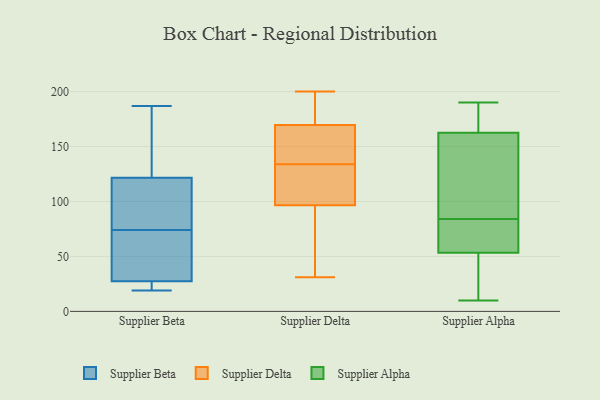
{"axis": {"x": "Tickets Resolved", "y": "Value"}, "legend": ["Supplier Alpha", "Supplier Beta", "Supplier Delta"], "data": [{"x": "", "y": 175, "type": "Supplier Beta"}, {"x": "", "y": 122, "type": "Supplier Beta"}, {"x": "", "y": 27, "type": "Supplier Beta"}, {"x": "", "y": 65, "type": "Supplier Beta"}, {"x": "", "y": 21, "type": "Supplier Beta"}, {"x": "", "y": 29, "type": "Supplier Beta"}, {"x": "", "y": 187, "type": "Supplier Beta"}, {"x": "", "y": 77, "type": "Supplier Beta"}, {"x": "", "y": 133, "type": "Supplier Beta"}, {"x": "", "y": 120, "type": "Supplier Beta"}, {"x": "", "y": 21, "type": "Supplier Beta"}, {"x": "", "y": 19, "type": "Supplier Beta"}, {"x": "", "y": 40, "type": "Supplier Beta"}, {"x": "", "y": 74, "type": "Supplier Beta"}, {"x": "", "y": 105, "type": "Supplier Beta"}, {"x": "", "y": 99, "type": "Supplier Delta"}, {"x": "", "y": 119, "type": "Supplier Delta"}, {"x": "", "y": 180, "type": "Supplier Delta"}, {"x": "", "y": 143, "type": "Supplier Delta"}, {"x": "", "y": 34, "type": "Supplier Delta"}, {"x": "", "y": 170, "type": "Supplier Delta"}, {"x": "", "y": 101, "type": "Supplier Delta"}, {"x": "", "y": 132, "type": "Supplier Delta"}, {"x": "", "y": 146, "type": "Supplier Delta"}, {"x": "", "y": 194, "type": "Supplier Delta"}, {"x": "", "y": 148, "type": "Supplier Delta"}, {"x": "", "y": 169, "type": "Supplier Delta"}, {"x": "", "y": 94, "type": "Supplier Delta"}, {"x": "", "y": 31, "type": "Supplier Delta"}, {"x": "", "y": 55, "type": "Supplier Delta"}, {"x": "", "y": 136, "type": "Supplier Delta"}, {"x": "", "y": 200, "type": "Supplier Delta"}, {"x": "", "y": 194, "type": "Supplier Delta"}, {"x": "", "y": 77, "type": "Supplier Delta"}, {"x": "", "y": 129, "type": "Supplier Delta"}, {"x": "", "y": 50, "type": "Supplier Alpha"}, {"x": "", "y": 189, "type": "Supplier Alpha"}, {"x": "", "y": 54, "type": "Supplier Alpha"}, {"x": "", "y": 84, "type": "Supplier Alpha"}, {"x": "", "y": 89, "type": "Supplier Alpha"}, {"x": "", "y": 10, "type": "Supplier Alpha"}, {"x": "", "y": 163, "type": "Supplier Alpha"}, {"x": "", "y": 190, "type": "Supplier Alpha"}, {"x": "", "y": 182, "type": "Supplier Alpha"}, {"x": "", "y": 161, "type": "Supplier Alpha"}, {"x": "", "y": 57, "type": "Supplier Alpha"}, {"x": "", "y": 111, "type": "Supplier Alpha"}, {"x": "", "y": 51, "type": "Supplier Alpha"}, {"x": "", "y": 53, "type": "Supplier Alpha"}, {"x": "", "y": 66, "type": "Supplier Alpha"}]}